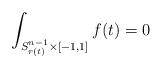
LaTeX: \begin{align*}\int_{S^{n-1}_{r(t)}\times[-1,1]}f(t)=0\end{align*}